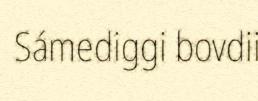
Sámediggi bovdii